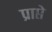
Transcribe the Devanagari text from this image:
प्राप्ते